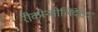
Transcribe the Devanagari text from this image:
रीकोन्सोलिदेटेद्